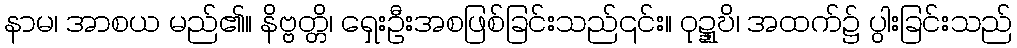
နာမ၊ အာစယ မည်၏။ နိဗ္ဗတ္တိ၊ ရှေးဦးအစဖြစ်ခြင်းသည်၎င်း။ ဝုဍ္ဍ္ဎိ၊ အထက်၌ ပွါးခြင်းသည်